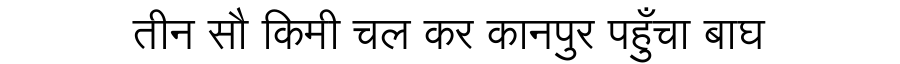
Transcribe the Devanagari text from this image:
तीन सौ किमी चल कर कानपुर पहुँचा बाघ